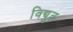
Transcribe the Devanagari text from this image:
विद्युत